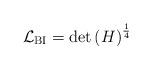
LaTeX: \begin{align*}\mathcal{L}_{\textrm{BI}} = \det\left(H\right)^{\frac{1}{4}}\end{align*}